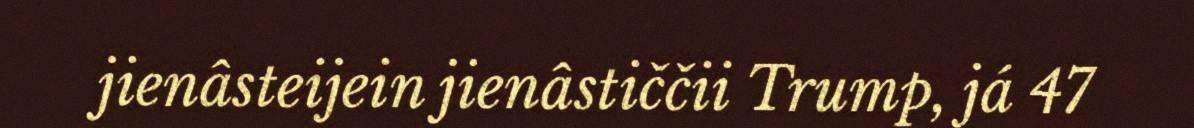
jienâsteijein jienâstiččii Trump, já 47